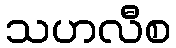
သဟလီစ